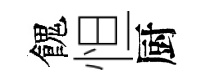
餽怛厨